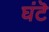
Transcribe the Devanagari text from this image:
घंटॆ